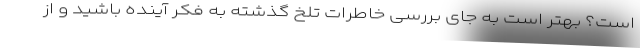
است؟ بهتر است به جای بررسی خاطرات تلخ گذشته به فکر آینده باشید و از